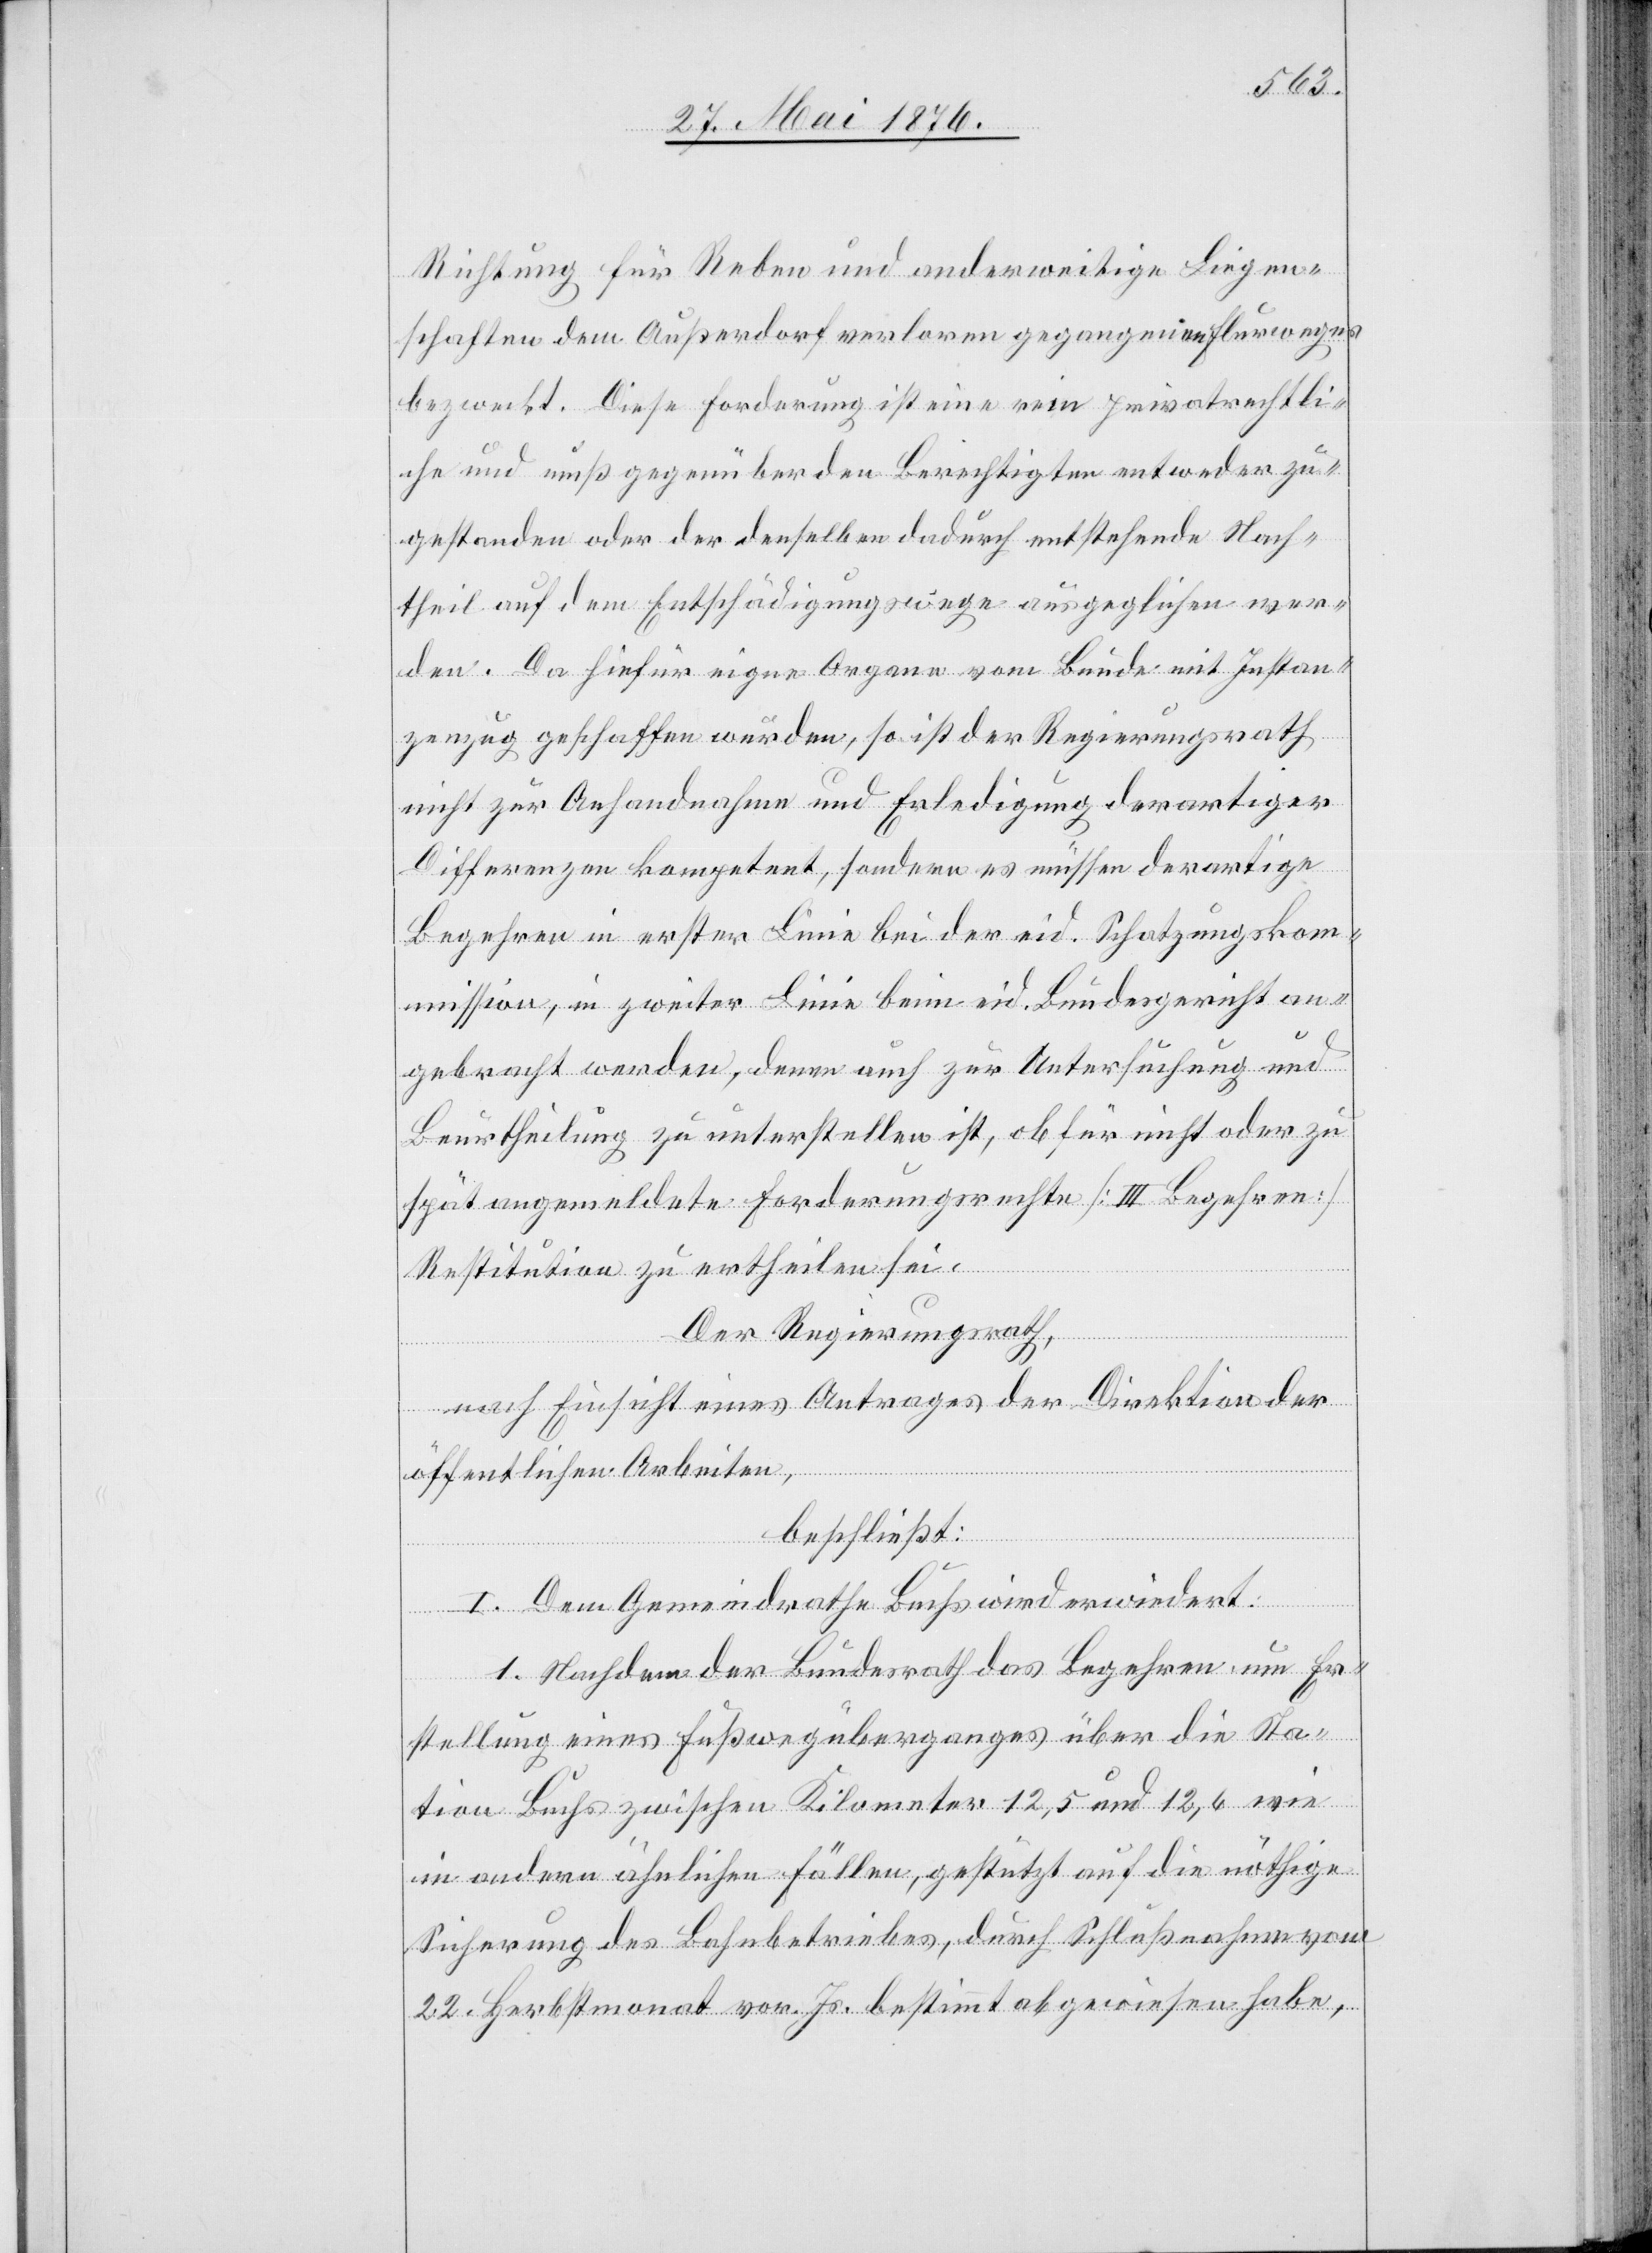
Richtung für Reben und anderweitige Liegen¬
schaften dem Außerdorf verloren gegangenen Flurwegen
bezweckt. Diese Forderung ist eine rein privatrechtli¬
che und muß gegenüber den Berechtigten entweder zu¬
gestanden oder denselben dadurch entstehende [sic!]
theil auf dem Entschädigungswege ausgeglichen wer¬
den. Da hiefür eigne Organe vom Bunde mit Instan¬
zenzug geschaffen wurden, so ist der Regierungsrath
nicht zur Anhandnahme und Erledigung derartiger
Differenzen kompetent, sondern es müssen derartige
Begehren in erster Linie bei der eid. Schatzungskom¬
mission, in zweiter Linie beim eid. Bundesgericht an¬
gebracht werden, denen auch zur Untersuchung und
Beurtheilung zu unterstellen ist, ob für nicht oder zu
spät angemeldete Forderungsrechte [III. Begehren]
Restitution zu ertheilen sei.
Der Regierungsrath,
nach Einsicht eines Antrages der Direktion der
Nach¬
öffentlichen Arbeiten,
beschließt:
I. Dem Gemeindrathe Buchs wird erwiedert:
1. Nachdem der Bundesrath das Begehren um Er¬
stellung eines Fußwegüberganges über die Sta¬
tion Buchs zwischen Kilometer 12,5 und 12,6 wie
in andern ähnlichen Fällen, gestützt auf die nöthige
Sicherung des Bahnbetriebes, durch Schlußnahme vom
22. Herbstmonat vor. Js. bestimmt abgewichen habe,